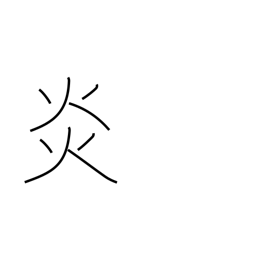
Meaning: blaze